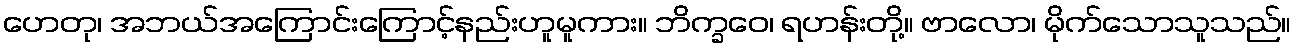
ဟေတု၊ အဘယ်အကြောင်းကြောင့်နည်းဟူမူကား။ ဘိက္ခဝေ၊ ရဟန်းတို့။ ဗာလော၊ မိုက်သောသူသည်။